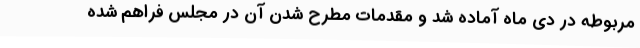
مربوطه در دی ‌ماه آماده شد و مقدمات مطرح شدن آن در مجلس فراهم شده